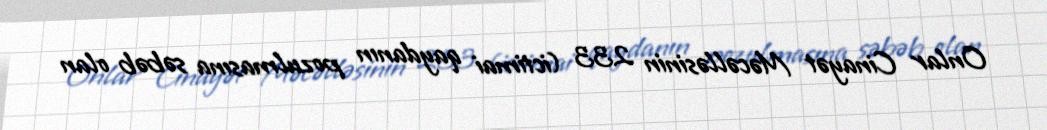
Onlar Cinayət Məcəlləsinin 233 (ictimai qaydanın pozulmasına səbəb olan